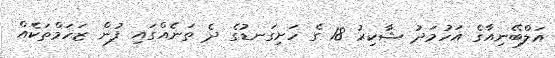
އަލްބޭނިއާގެ އަހުމަދު ޝާކިރު 18 ގެ ހަށިގަނޑުގެ ދެ ތަނެއްގައި ފުން ޒަހަމްތަކެއް